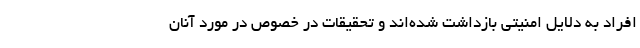
افراد به دلایل امنیتی بازداشت شده‌اند و تحقیقات در خصوص در مورد آنان